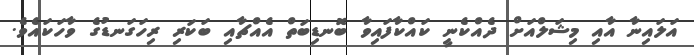
އަލައިނާ އާއި މިޝަލްއަށް ދެއްކެނީ ކައްކާފައިވާ ބޮނޑިބަތް އެއްޗާއި ބަކަރި ރިހަގަނޑުގެ ވާހަކައެވެ.